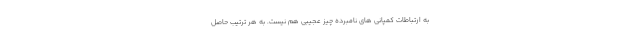
به ارتباطات کمپانی های نامبرده چیز عجیبی هم نیست. به هر ترتیب حاصل